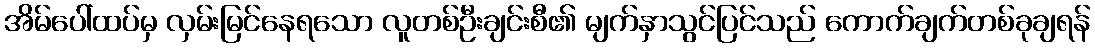
အိမ်ပေါ်ထပ်မှ လှမ်းမြင်နေရသော လူတစ်ဦးချင်းစီ၏ မျက်နှာသွင်ပြင်သည် ကောက်ချက်တစ်ခုချရန်